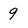
Character: 9